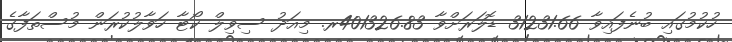
ހުކުމުގައި ބުނެފައިވާ 31231.66 ޑޮލަރަށްވާ 401326.83ރ. މިއަދު ސިވިލް ކޯޓާ ހަވާލުކުރަން މުސްތަފާގެ